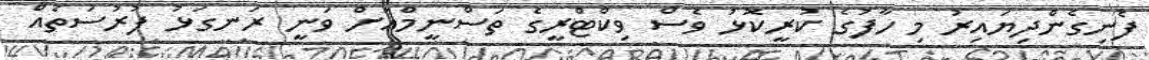
ފެނިގެންދިޔައިރު މި ހާފުގެ ކުރީކޮޅު ވެސް ވިކްޓްރީގެ ތަސްނީމްއަށް ވަނީ ރަނގަޅު ފުރުސަތެއް